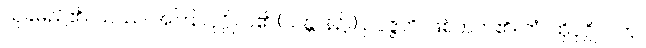
သုခမည်၏။ ယဿ၊ အကြင်ပုဂ္ဂိုလ်၏ (သန္တာန်၌။) ဥပ္ပဇ္ဇတိ၊ ဖြစ်တတ်၏။ တံ၊ ထိုပုဂ္ဂိုလ်ကို။